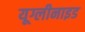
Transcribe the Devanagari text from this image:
यूग्लीनाइड